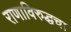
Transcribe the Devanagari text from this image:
राणाविरुद्धचा